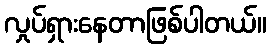
လှုပ်ရှားနေတာဖြစ်ပါတယ်။